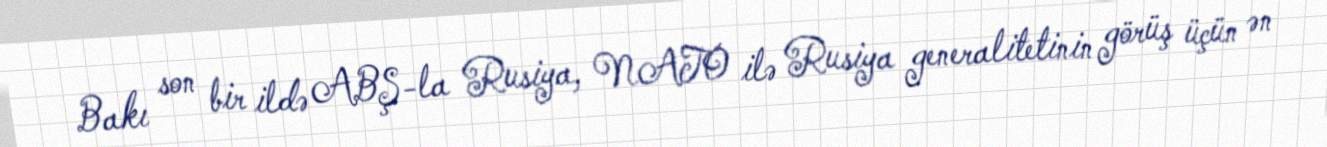
Bakı son bir ildə ABŞ-la Rusiya, NATO ilə Rusiya generalitetinin görüş üçün ən